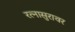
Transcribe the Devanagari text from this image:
रत्नासुरावर